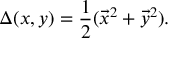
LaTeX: \Delta ( x , y ) = { \frac { 1 } { 2 } } ( \vec { x } ^ { 2 } + \vec { y } ^ { 2 } ) .